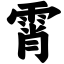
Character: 霄